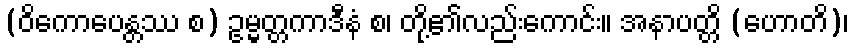
(ဝိကောပေန္တဿ စ) ဥမ္မတ္တကာဒီနံ စ၊ တို့၏လည်းကောင်း။ အနာပတ္တိ (ဟောတိ)၊